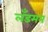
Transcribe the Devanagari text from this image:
लँडमन